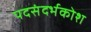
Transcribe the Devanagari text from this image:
पदसंदर्भकोश